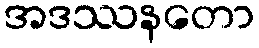
အဒဿနတော